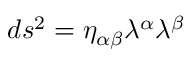
d s ^ { 2 } = \eta _ { \alpha \beta } \lambda ^ { \alpha } \lambda ^ { \beta }